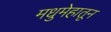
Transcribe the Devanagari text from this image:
मधुमेहातून